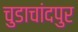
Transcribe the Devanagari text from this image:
चुडाचांदपुर